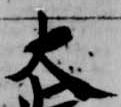
大